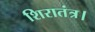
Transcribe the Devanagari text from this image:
शिरातंत्र।